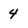
Character: 4